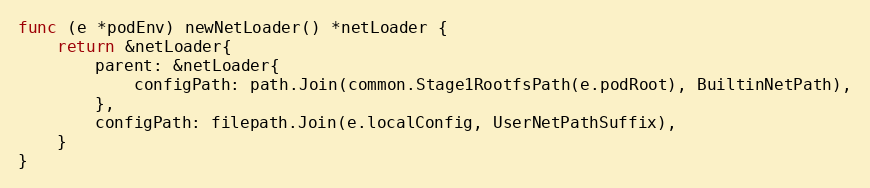
Language: Go
func (e *podEnv) newNetLoader() *netLoader {
	return &netLoader{
		parent: &netLoader{
			configPath: path.Join(common.Stage1RootfsPath(e.podRoot), BuiltinNetPath),
		},
		configPath: filepath.Join(e.localConfig, UserNetPathSuffix),
	}
}